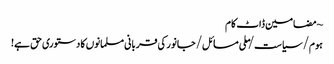
~ مضامین ڈاٹ کام
ہوم/سیاست/ملی مسائل/جانور کی قربانی مسلمانوں کا دستوری حق ہے!